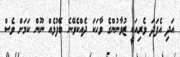
އަދި އެފަދަ ވެރިއަކީ ޒުވާނުންގެ ވާހަކަ ދެއްކެވޭނެ ބޭފުޅެއް ނޫން ކަމަށް ވެސް